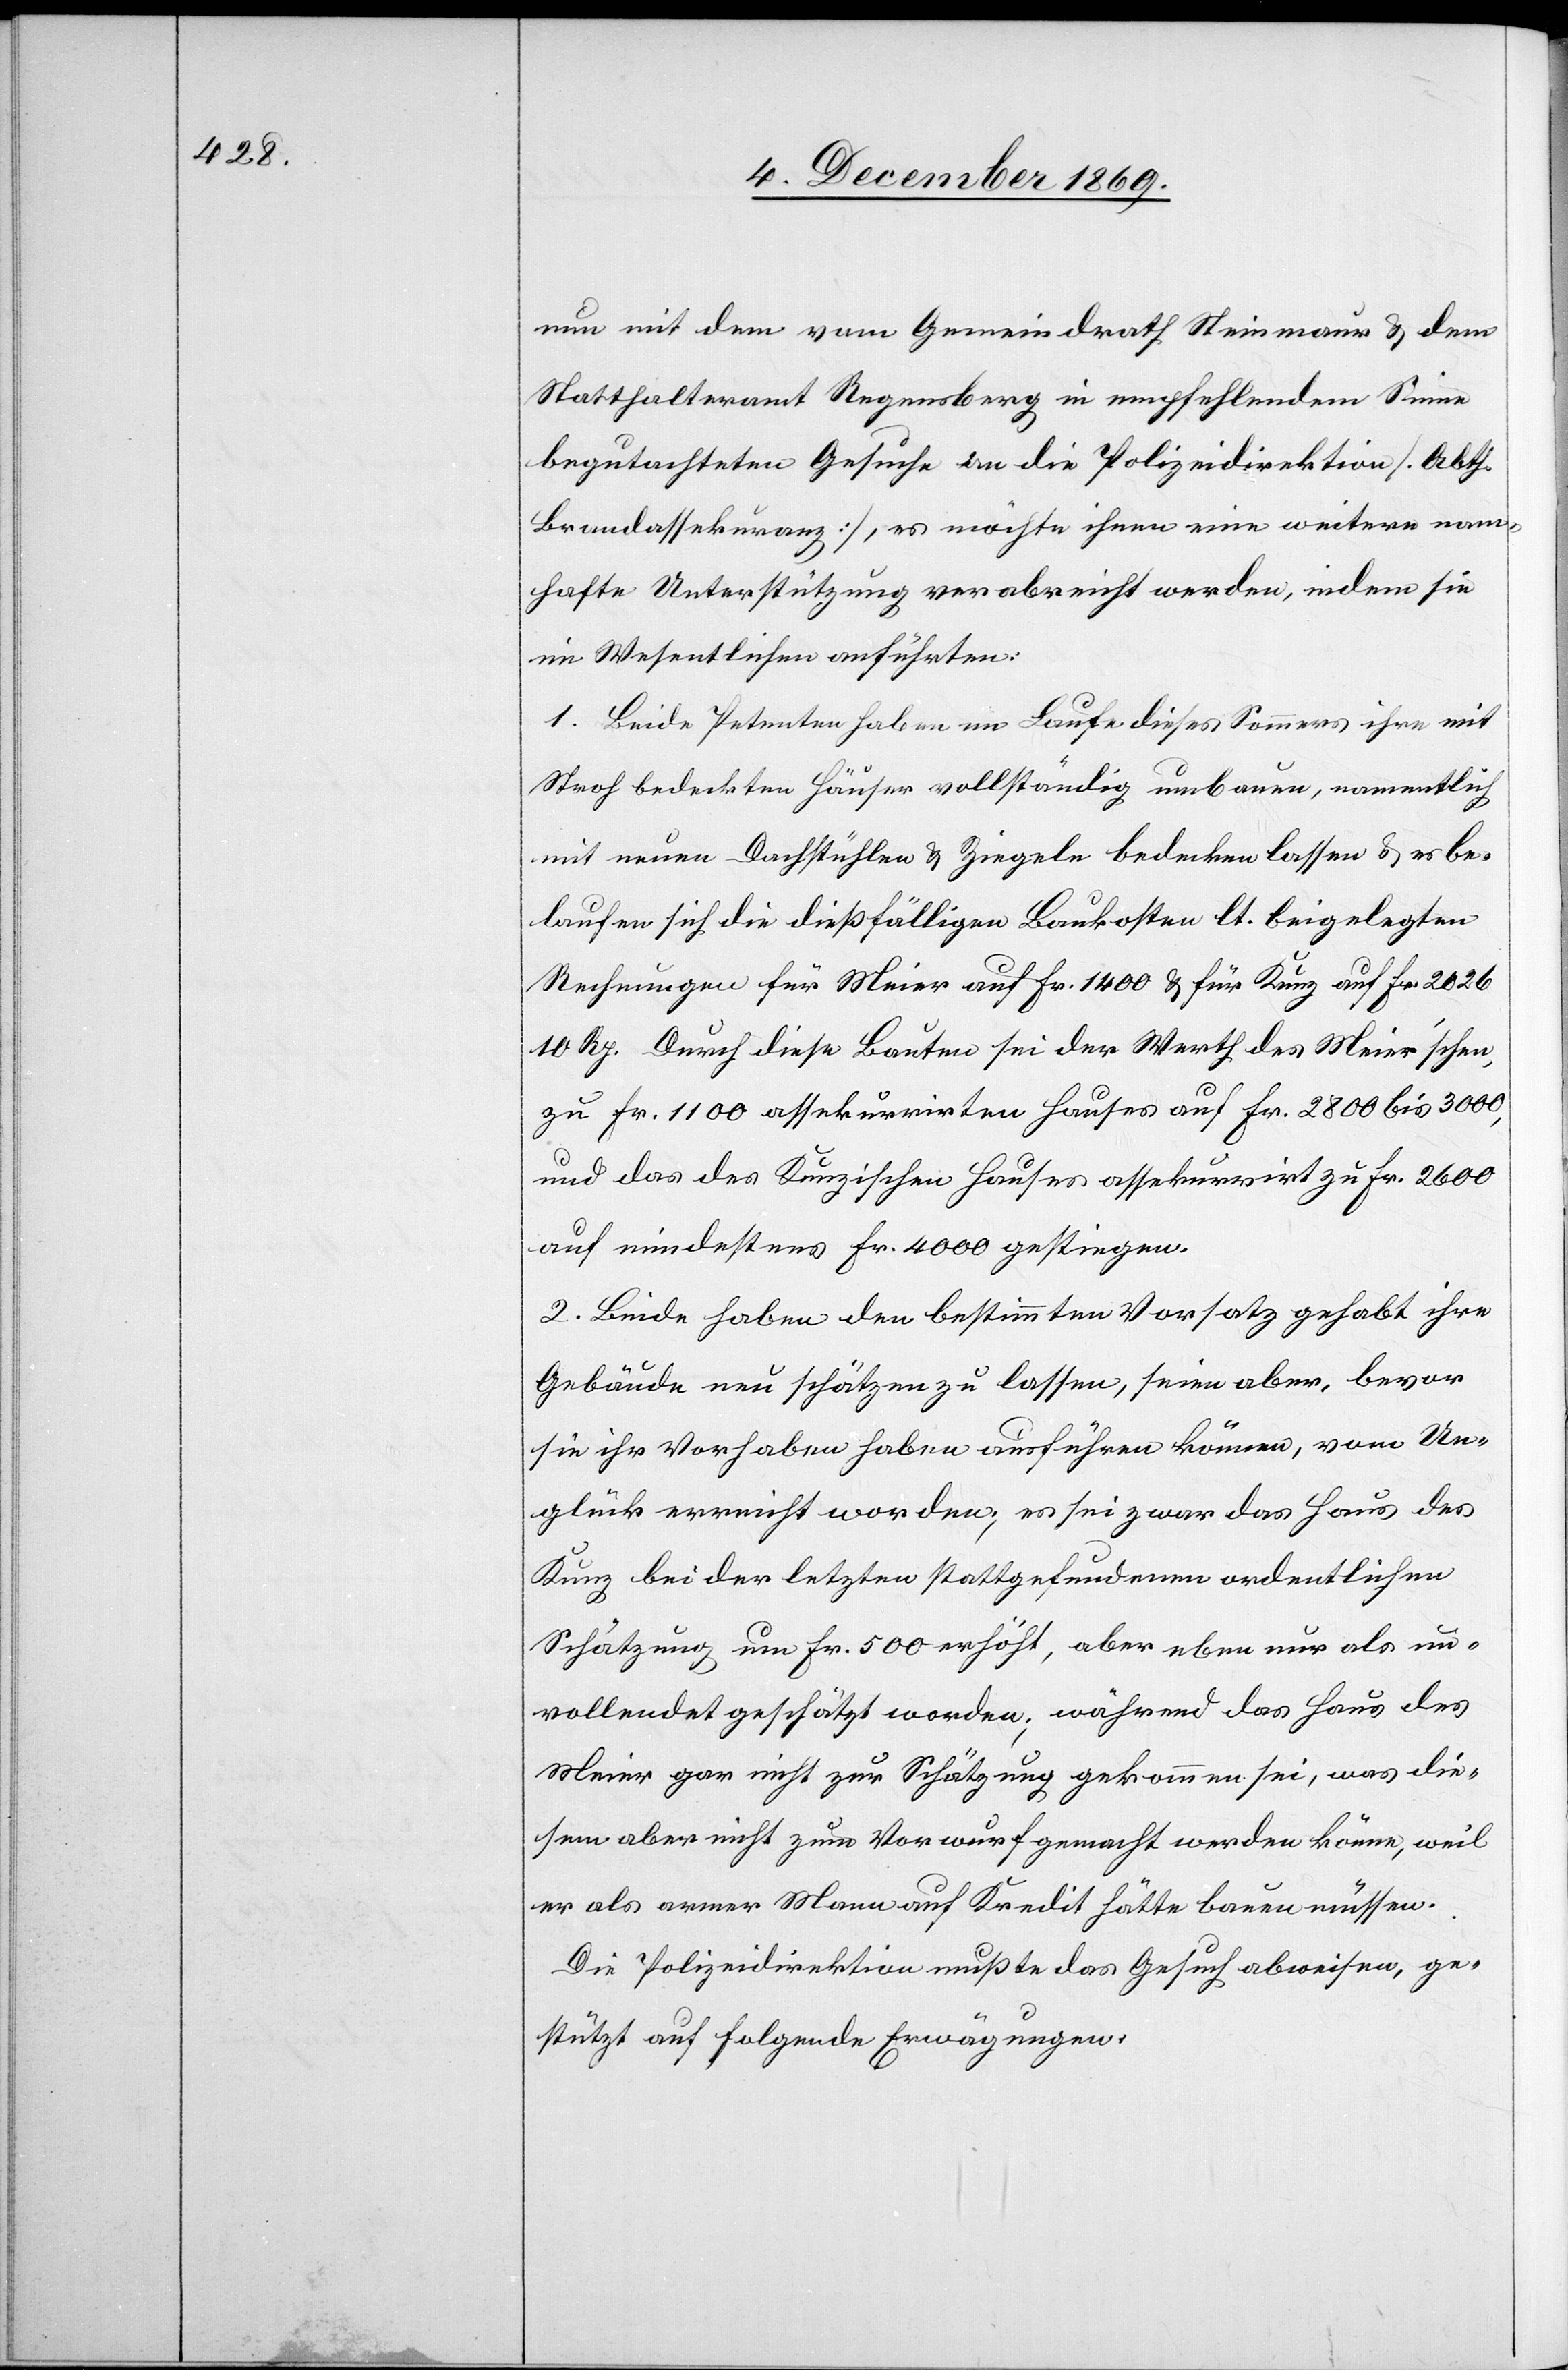
nun mit dem vom Gemeindrath Steinmaur & dem
Statthalteramt Regensberg in empfehlendem Sinne
begutachteten Gesuche an die Polizeidirektion [Abth.
Brandassekuranz], es möchte ihnen eine weitere nam¬
hafte Unterstützung verabreicht werden, indem sie
im Wesentlichen anführten:
1. Beide Petenten haben im Laufe dieses Sommers ihre mit
Stroh bedeckten Häuser vollständig umbauen, namentlich
mit neuen Dachstühlen & Ziegeln bedecken lassen & es be¬
laufen sich die dießfälligen Baukosten lt. beigelegten
Rechnungen für Meier auf Fr. 1400 & für Kunz auf Fr. 2026
10 Rp. Durch diese Bauten sei der Werth des Meier’schen,
zu Fr. 1100 assekurrirten Hauses auf Fr. 2800 bis 3000,
und das des Kunzischen Hauses assekurrirt zu Fr. 2600
auf mindestens Fr. 4000 gestiegen.
2. Beide haben den bestimmten Vorsatz gehabt ihre
Gebäude neu schätzen zu lassen, seien aber, bevor
sie ihr Vorhaben haben ausführen können, vom Un¬
glück erreicht worden; es sei zwar das Haus des
Kunz bei der letzten stattgefundenen ordentlichen
Schätzung um Fr. 500 erhöht, aber eben nur als un¬
vollendet geschätzt worden; während das Haus des
Meier gar nicht zur Schätzung gekommen sei, was die¬
sem aber nicht zum Vorwurf gemacht werden könne, weil
er als armer Mann auf Kredit hätte bauen müssen.
Die Polizeidirektion mußte das Gesuch abweisen, ge¬
stützt auf folgende Erwägungen: